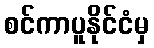
စင်ကာပူနိုင်ငံမှ